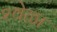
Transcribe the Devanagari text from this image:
२वेळा